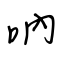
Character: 吶